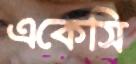
একেসি